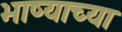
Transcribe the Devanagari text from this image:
भाष्याच्या